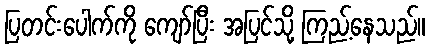
ပြတင်းပေါက်ကို ကျော်ပြီး အပြင်သို့ ကြည့်နေသည်။